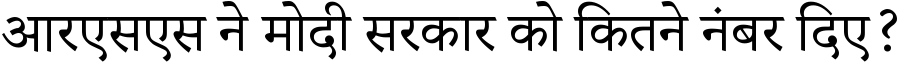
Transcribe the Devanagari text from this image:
आरएसएस ने मोदी सरकार को कितने नंबर दिए?